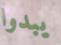
يبدوا